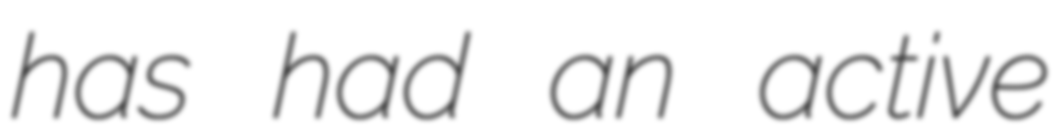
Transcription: has had an active